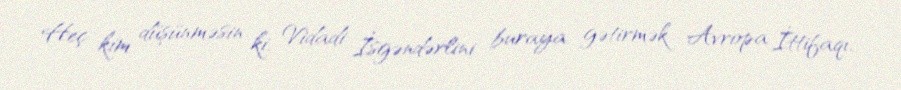
Heç kim düşünməsin ki, Vidadi İsgəndərlini buraya gətirmək Avropa İttifaqı,